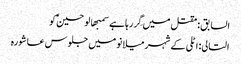
السابق: مقتل میں گِر رہا ہے سمبھالو حسینؑ کو
التالی: اٹلی کے شہر میلانو میں جلوس عاشورہ